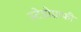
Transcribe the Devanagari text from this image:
स्टेग्नोग्राफी